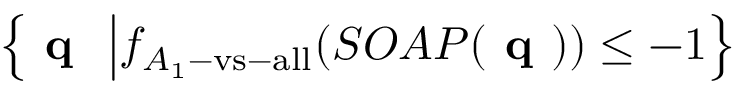
\left\{ \textbf { q } \ \middle | f _ { A _ { 1 } \mathrm { - v s - a l l } } ( S O A P ( \textbf { q } ) ) \leq - 1 \right\}